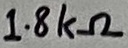
Text: 1.8kΩ